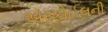
એરફોઈલની